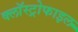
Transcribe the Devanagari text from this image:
क्लॉस्ट्रोफाइल